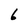
Character: 6